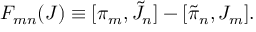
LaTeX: { \cal F } _ { m n } ( J ) \equiv [ \pi _ { m } , \tilde { J } _ { n } ] - [ \tilde { \pi } _ { n } , J _ { m } ] .